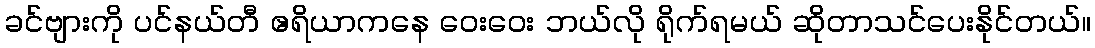
ခင်ဗျားကို ပင်နယ်တီ ဧရိယာကနေ ဝေးဝေး ဘယ်လို ရိုက်ရမယ် ဆိုတာသင်ပေးနိုင်တယ်။